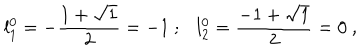
{ l _ { 1 } ^ { 0 } } = - \frac { 1 + \sqrt { 1 } } { 2 } = - 1 ~ ; { l _ { 2 } ^ { 0 } } = \frac { - 1 + \sqrt { 1 } } { 2 } = 0 ~ ,